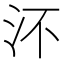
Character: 㳅